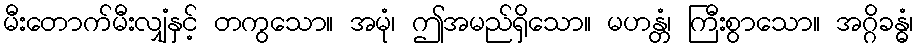
မီးတောက်မီးလျှံနှင့် တကွသော။ အမုံ၊ ဤအမည်ရှိသော။ မဟန္တံ၊ ကြီးစွာသော။ အဂ္ဂိခန္ဓံ၊